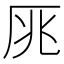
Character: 𠩓